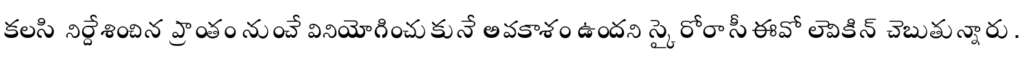
కలసి నిర్దేశించిన ప్రాంతం నుంచే వినియోగించుకునే అవకాశం ఉందని స్కైరోరా సీఈవో లెవికిన్ చెబుతున్నారు.